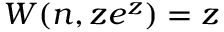
W ( n , z e ^ { z } ) = z